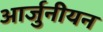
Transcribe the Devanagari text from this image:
आर्जुनीयन